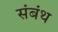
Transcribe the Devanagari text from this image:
संबंथ